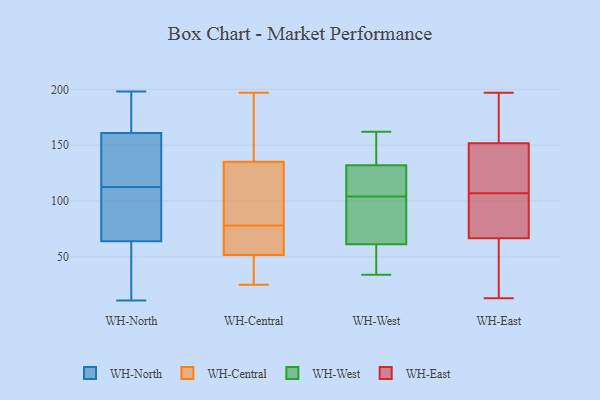
{"axis": {"x": "Churn Rate (%)", "y": "Value"}, "legend": ["WH-Central", "WH-East", "WH-North", "WH-West"], "data": [{"x": "", "y": 94, "type": "WH-North"}, {"x": "", "y": 193, "type": "WH-North"}, {"x": "", "y": 105, "type": "WH-North"}, {"x": "", "y": 198, "type": "WH-North"}, {"x": "", "y": 130, "type": "WH-North"}, {"x": "", "y": 64, "type": "WH-North"}, {"x": "", "y": 74, "type": "WH-North"}, {"x": "", "y": 47, "type": "WH-North"}, {"x": "", "y": 43, "type": "WH-North"}, {"x": "", "y": 121, "type": "WH-North"}, {"x": "", "y": 183, "type": "WH-North"}, {"x": "", "y": 97, "type": "WH-North"}, {"x": "", "y": 120, "type": "WH-North"}, {"x": "", "y": 11, "type": "WH-North"}, {"x": "", "y": 195, "type": "WH-North"}, {"x": "", "y": 11, "type": "WH-North"}, {"x": "", "y": 161, "type": "WH-North"}, {"x": "", "y": 121, "type": "WH-North"}, {"x": "", "y": 197, "type": "WH-Central"}, {"x": "", "y": 74, "type": "WH-Central"}, {"x": "", "y": 136, "type": "WH-Central"}, {"x": "", "y": 46, "type": "WH-Central"}, {"x": "", "y": 78, "type": "WH-Central"}, {"x": "", "y": 133, "type": "WH-Central"}, {"x": "", "y": 29, "type": "WH-Central"}, {"x": "", "y": 25, "type": "WH-Central"}, {"x": "", "y": 69, "type": "WH-Central"}, {"x": "", "y": 194, "type": "WH-Central"}, {"x": "", "y": 114, "type": "WH-Central"}, {"x": "", "y": 100, "type": "WH-West"}, {"x": "", "y": 104, "type": "WH-West"}, {"x": "", "y": 129, "type": "WH-West"}, {"x": "", "y": 34, "type": "WH-West"}, {"x": "", "y": 115, "type": "WH-West"}, {"x": "", "y": 51, "type": "WH-West"}, {"x": "", "y": 126, "type": "WH-West"}, {"x": "", "y": 162, "type": "WH-West"}, {"x": "", "y": 85, "type": "WH-West"}, {"x": "", "y": 46, "type": "WH-West"}, {"x": "", "y": 61, "type": "WH-West"}, {"x": "", "y": 135, "type": "WH-West"}, {"x": "", "y": 157, "type": "WH-West"}, {"x": "", "y": 133, "type": "WH-West"}, {"x": "", "y": 62, "type": "WH-West"}, {"x": "", "y": 178, "type": "WH-East"}, {"x": "", "y": 197, "type": "WH-East"}, {"x": "", "y": 95, "type": "WH-East"}, {"x": "", "y": 81, "type": "WH-East"}, {"x": "", "y": 107, "type": "WH-East"}, {"x": "", "y": 169, "type": "WH-East"}, {"x": "", "y": 157, "type": "WH-East"}, {"x": "", "y": 57, "type": "WH-East"}, {"x": "", "y": 136, "type": "WH-East"}, {"x": "", "y": 102, "type": "WH-East"}, {"x": "", "y": 116, "type": "WH-East"}, {"x": "", "y": 160, "type": "WH-East"}, {"x": "", "y": 54, "type": "WH-East"}, {"x": "", "y": 13, "type": "WH-East"}, {"x": "", "y": 63, "type": "WH-East"}, {"x": "", "y": 120, "type": "WH-East"}, {"x": "", "y": 27, "type": "WH-East"}, {"x": "", "y": 125, "type": "WH-East"}, {"x": "", "y": 78, "type": "WH-East"}]}